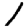
Digit: 1